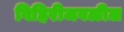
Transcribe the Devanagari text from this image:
विहिरीजवळील